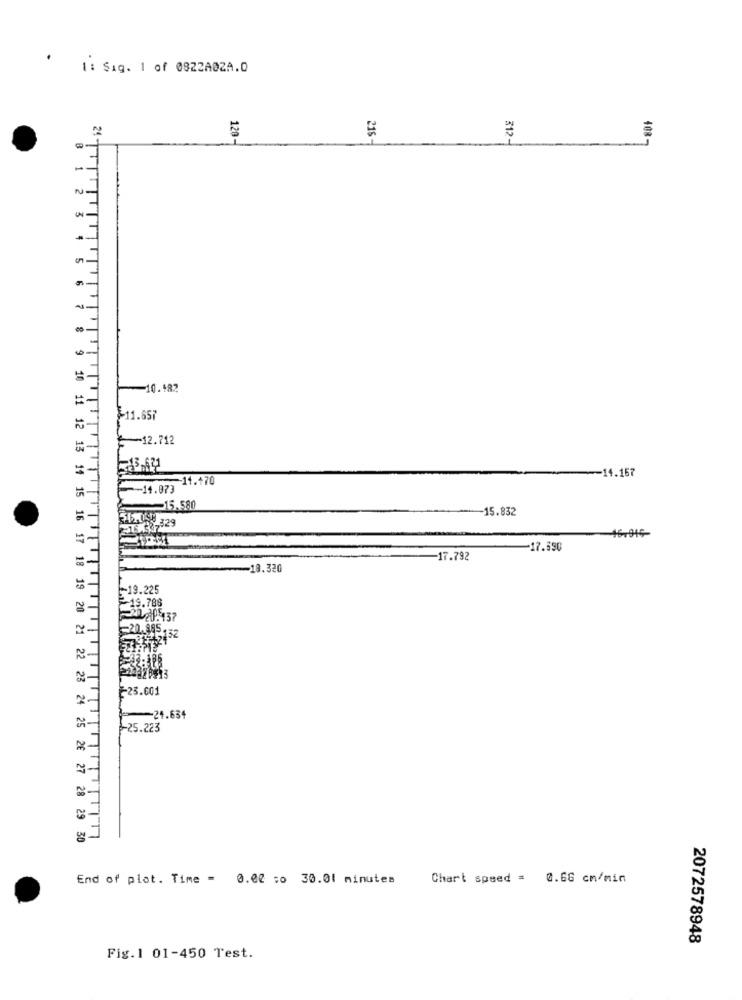
1 : Sig. 1 of 0822ADZA.D
2
120-
215-
312-
2. T
1
2
10. 182
=
$11.657
2 -12.712
14.157
TT
~11.170
-- 14.073
-15.580
15.832
=
STK3-329
-17.590
-17.792
-18.320
-19.225
19.788
21.137
20.985.52
23.601
-21.634
-25.223
10 11 12 13 14 15 16 17 18 19 20 21 22 23 24 25 20 27 28 29 30
End of plot. Time = 0.02 ;o 30.01 minutes
Chart speed = 0.66 cm/min
2072578948
Fig.1 01-450 Test.